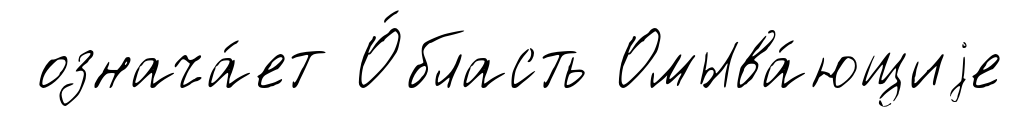
означа́ет О́бласть Омыва́ющиjе